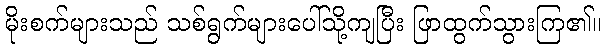
မိုးစက်များသည် သစ်ရွက်များပေါ်သို့ကျပြီး ဖြာထွက်သွားကြ၏။